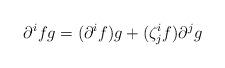
LaTeX: \begin{align*}\partial^{i} fg=(\partial^{i} f)g+(\zeta^{i}_{j} f)\partial^{j}g\end{align*}